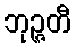
ဘုဉ္ဇတီ